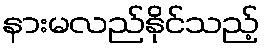
နားမလည်နိုင်သည့်